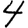
Digit: 4